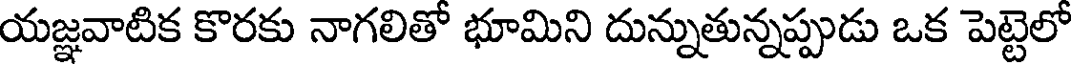
యజ్ఞవాటిక కొరకు నాగలితో భూమిని దున్నుతున్నప్పుడు ఒక పెట్టెలో